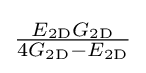
{\tfrac {E_{\mathrm {2D} }G_{\mathrm {2D} }}{4G_{\mathrm {2D} }-E_{\mathrm {2D} }}}